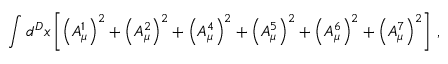
\int d ^ { D } x \left[ \left( A _ { \mu } ^ { 1 } \right) ^ { 2 } + \left( A _ { \mu } ^ { 2 } \right) ^ { 2 } + \left( A _ { \mu } ^ { 4 } \right) ^ { 2 } + \left( A _ { \mu } ^ { 5 } \right) ^ { 2 } + \left( A _ { \mu } ^ { 6 } \right) ^ { 2 } + \left( A _ { \mu } ^ { 7 } \right) ^ { 2 } \right] \, ,